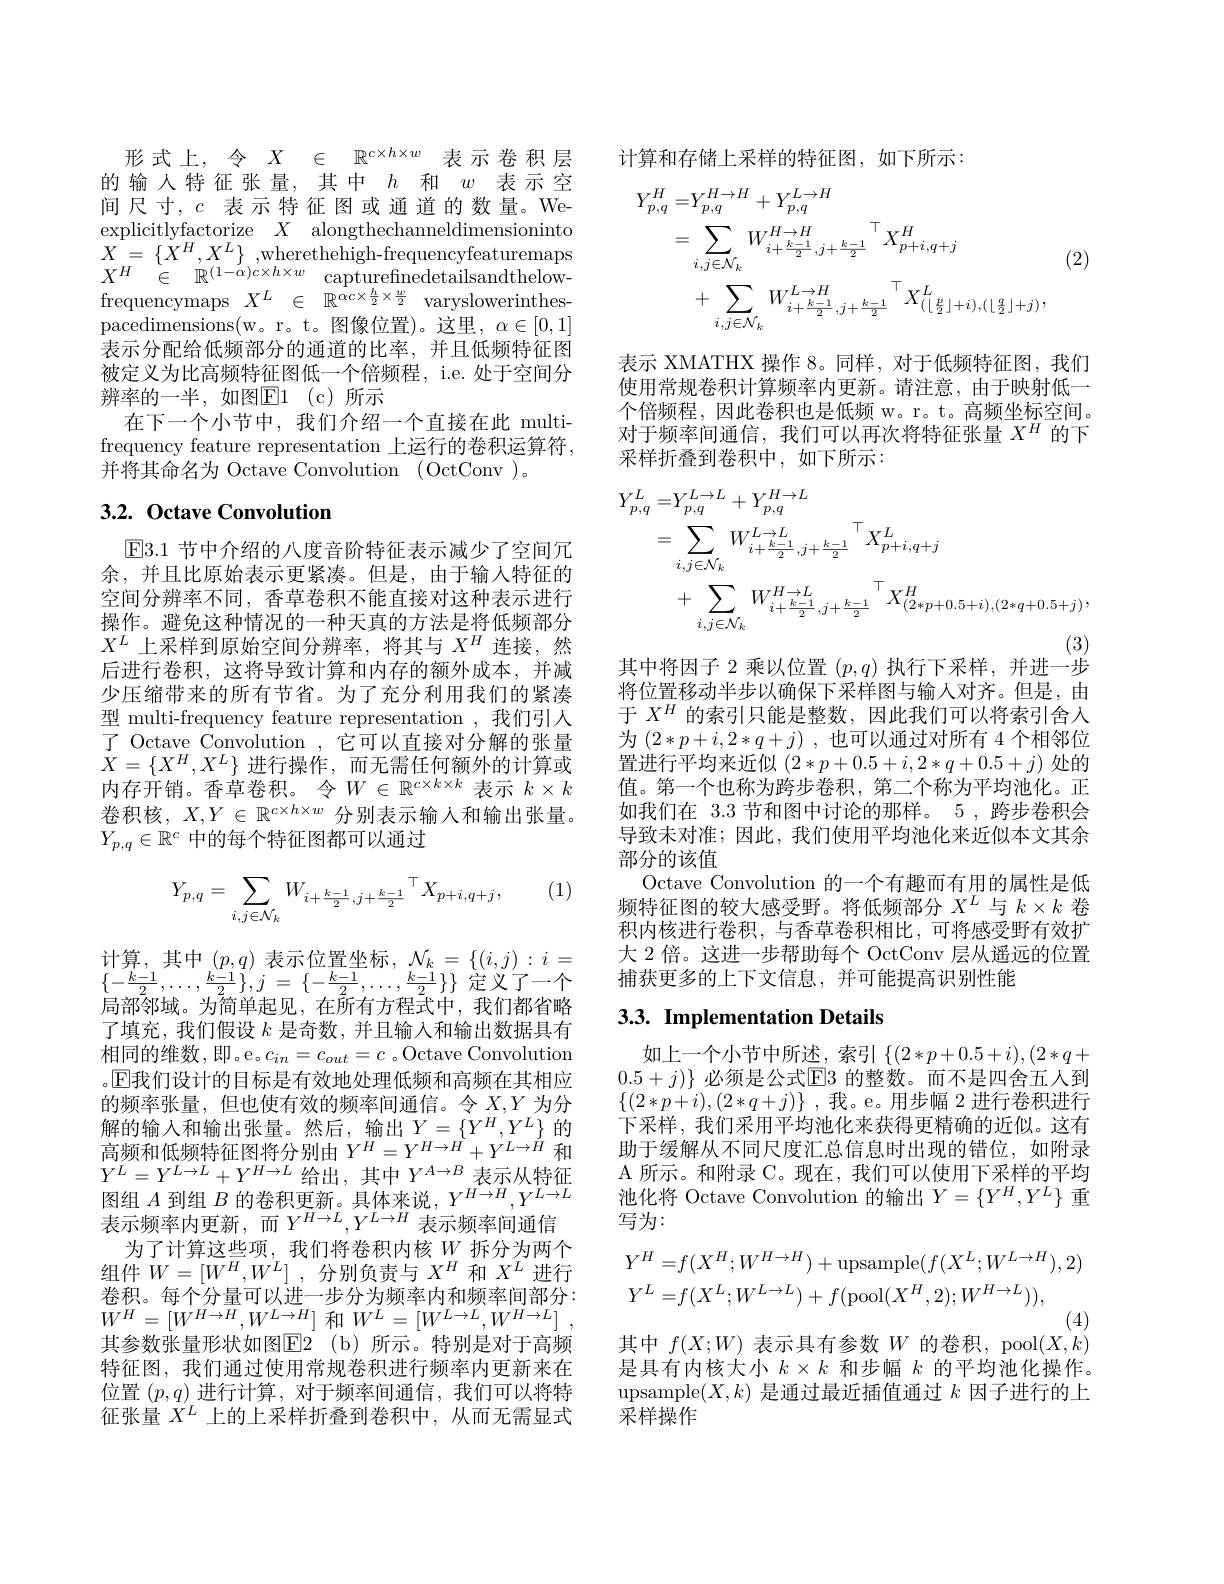
形式上，令$X\in\mathbb{R}^{c\times h\times w}$表示卷积层的输入特征张量，其中$h$和$w$表示空间尺寸，$c$表示特征图或通道的数量。Weexplicitlyfactorize $X$ alon $\mathop{X}=\left\{\mathop{X}^{H},X^{L}\right\},\mathop{\mathrm{wherethehigh-frequencyfeaturemaps}}$ $\begin{array}{lll}{{X^{H}}}&{{\in}}&{{\mathbb{R}^{(1-\alpha)c\times h\times w}}}&{{\mathrm{capturefinedetailsandthelow-}}}\\\end{array}$ pacedimensions(w。r。t。图像位置)。这里，$\alpha\in[0,1]$ 表示分配给低频部分的通道的比率，并且低频特征图被定义为比高频特征图低一个倍频程，i.e. 处于空间分辨率的一半，如图$\boxed{\mathrm{F} }1$ (c)所示
在下一个小节中，我们介绍一个直接在此 multifrequency feature representa 并将其命名为 Octave Convolution (OctConv )。

# 3.2. Octave Convolution

$\boxed{\mathrm{E}}3.1$节中介绍的八度音阶特征表示减少了空间冗余，并且比原始表示更紧凑。但是，由于输人特征的空间分辨率不同，香草卷积不能直接对这种表示进行操作。避免这种情况的一种天真的方法是将低频部分$X^L$上采样到原始空间分辨率，将其与$X^H$连接，然后进行卷积，这将导致计算和内存的额外成本，并减少压缩带来的所有节省。为了充分利用我们的紧凑型 multi-frequency feature representation ,我们引入了 Octave Convolution ,它可以直接对分解的张量$X=\{X^{H},X^{L}\}$进行操作，而无需任何额外的计算或内存开销。香草卷积。令$W\in\mathbb{R}^c\times k\times k$ 表示 $k\times k$ 卷积核，$X,Y\in\mathbb{R}^{c\times h\times w}$分别表示输人和输出张量。$Y_{p,q}\in\mathbb{R}^c$中的每个特征图都可以通过

(1)
$$Y_{p,q}=\sum\limits_{i,j\in\mathcal{N}_{k}}W_{i+\frac{k-1}{2},j+\frac{k-1}{2}}{}^{\top}X_{p+i,q+j},$$
$\mathop{\text{计算，其中}}_{k}(p,q)\mathop{\text{表示位置坐标，}}\mathop{\mathcal{N}}_{k}=\{(i,j):i=$ $\{ - \frac {k- 1}2, \ldots , \frac {k- 1}2\} , j$ = $\{ - \frac {k- 1}2, \ldots , \frac {k- 1}2\} \}$ 定义了一个局部邻域。为简单起见，在所有方程式中，我们都省略了填充，我们假设$k$是奇数，并且输入和输出数据具有相同的维数，即。e。$c_in=c_{out}=c$ 。Octave Convolution 。$\mathbb{E}$我们设计的目标是有效地处理低频和高频在其相应的频率张量，但也使有效的频率间通信。令$X,Y$为分解的输入和输出张量。然后，输出$Y=\{Y^H,Y^L\}$ 的高频和低频特征图将分别由$Y^H=Y^{H\to H}+Y^{L\to H}$和$Y^{L}=Y^{L\rightarrow L}+Y^{H\rightarrow L}$给出，其中$Y^A\rightarrow B$表示从特征$图组A$到组$B$的卷积更新。具体来说，$Y^H\to H,Y^{L\to L}$ 表示频率内更新，而$Y^H\to L,Y^{L\to H}$表示频率间通信
为了计算这些项，我们将卷积内核$W$拆分为两个组件$W=[W^H,W^L]$ ,分别负责与$X^H$和$X^L$进行卷积。每个分量可以进一步分为频率内和频率间部分： $W^{H}=[W^{H\to H},W^{L\to H}]$ 和$W^L= [ W^{L\to L}, W^{H\to L}]$ , 其参数张量形状如图E2 (b)所示。特别是对于高频特征图，我们通过使用常规卷积进行频率内更新来在位置$(p,q)$进行计算，对于频率间通信，我们可以将特征张量$X^L$上的上采样折叠到卷积中，从而无需显式

计算和存储上采样的特征图，如下所示：
$$\begin{aligned}Y_{p,q}^{H}=&Y_{p,q}^{H\to H}+Y_{p,q}^{L\to H}\\&=\sum_{i,j\in\mathcal{N}_{k}}W_{i+\frac{k-1}{2},j+\frac{k-1}{2}}^{H\to H}^{\top}X_{p+i,q+j}^{H}\\&+\sum_{i,j\in\mathcal{N}_{k}}W_{i+\frac{k-1}{2},j+\frac{k-1}{2}}^{L\to H}X_{(\lfloor\frac{p}{2}\rfloor+i),(\lfloor\frac{q}{2}\rfloor+j)}^{L},\end{aligned}$$
(2)

表示 XMATHX 操作 8。同样，对于低频特征图，我们使用常规卷积计算频率内更新。请注意，由于映射低一个倍频程，因此卷积也是低频 w。r。t。高频坐标空间。对于频率间通信，我们可以再次将特征张量$X^H$的下采样折叠到卷积中，如下所示：
$$\begin{aligned}Y_{p,q}^{L}=&Y_{p,q}^{L\to L}+Y_{p,q}^{H\to L}\\&=\sum_{i,j\in\mathcal{N}_{k}}W_{i+\frac{k-1}{2},j+\frac{k-1}{2}}^{L\to L}^{\top}X_{p+i,q+j}^{L}\\&+\sum_{i,j\in\mathcal{N}_{k}}W_{i+\frac{k-1}{2},j+\frac{k-1}{2}}^{H\to L}X_{(2*p+0.5+i),(2*q+0.5+j)}^{H},\end{aligned}$$
其中将因子 2 乘以位置$(p,q)$执行下采样，并进一步

将位置移动半步以确保下采样图与输入对齐。但是，由于$X^H$的索引只能是整数，因此我们可以将索引舍人为$( 2* p+ i, 2* q+ j)$ ,也可以通过对所有置进行平均来近似$(2*p+0.5+i,2*q+0.5+j)$处的值。第一个也称为跨步卷积，第二个称为平均池化。正如我们在 3.3 节和图中讨论的那样。5 ,跨步卷积会导致未对准；因此，我们使用平均池化来近似本文其余部分的该值
Octave Convolution 的一个有趣而有用的频特征图的较大感受野。将低频部分$X^L$与$k\times k$卷积内核进行卷积，与香草卷积相比，可将感受野有效扩大 2 倍。这进一步帮助每个 OctConv 层从遥远的位置捕获更多的上下文信息，并可能提高识别性能

# 3.3. Implementation Details

如上一个小节中所述，索引$\{(2*p+0.5+i),(2*q+$ $0.5+j)\}$ 必须是公式$\overline{\mathrm{E}}3$ 的整数。而不是四舍五人到$\{(2*p+i),(2*q+j)\}$ ,我。e。用步幅 2 进行卷积进行下采样，我们采用平均池化来获得更精确的近似。这有助于缓解从不同尺度汇总信息时出现的错位，如附录A 所示。和附录 C。现在，我们可以使用下采样的平均池化将 Octave Convolution 的输出$Y=\{Y^H,Y^L\}$重写为：
$$\begin{aligned}&Y^{H}=f(X^{H};W^{H\to H})+\mathrm{upsample}(f(X^{L};W^{L\to H}),2)\\&Y^{L}=f(X^{L};W^{L\to L})+f(\mathrm{pool}(X^{H},2);W^{H\to L})),\end{aligned}$$
其中$f(X;W)$表示具有参数$W$的卷积，pool$(X,k)$

是具有内核大小$k\times k$和步幅$k$的平均池化操作。upsample$(X,k)$是通过最近插值通过$k$因子进行的上采样操作